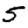
Digit: 5